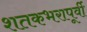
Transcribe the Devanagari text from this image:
शतकभरापूर्वी